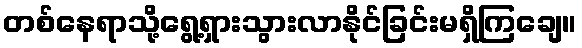
တစ်နေရာသို့ရွေ့ရှားသွားလာနိုင်ခြင်းမရှိကြချေ။